Vaccine operations Central Provinces 1868-1885 - 1868-1885
Year: 1868
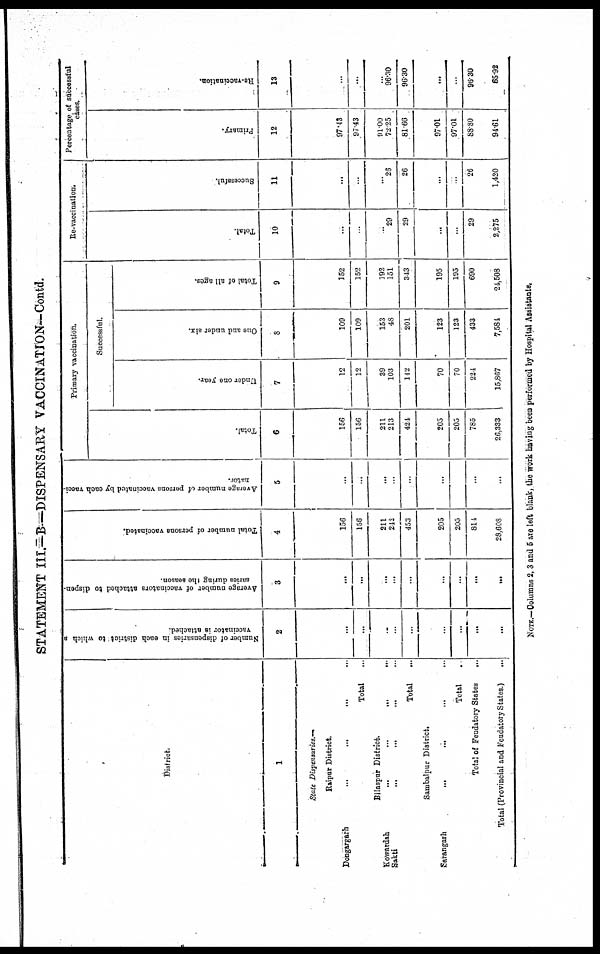
STATEMENT III.—B—DISPENSARY VACCINATION— Contd.
District.
1
State Dispensaries.—
Raipur District... ... ...
Dongargarh...
...
...
...
...
Total...
Bilaspur District.
Kowardah...
...
...
...
Sakti...
...
...
...
Total... ...
Sambalpur District... ... ...
Sarangarh...
...
...
Total...
Total of Feudatory States
...
Total (Provincial and Feudatory States.)
Number of dispensaries in each district to which a
vaccinator is attached.
2
...
...
...
...
...
...
...
...
...
Average number of vaccinators attached to dispen-
saries during the season.
3
...
...
...
...
...
...
...
...
...
Total number of persons vaccinated.
4
156
156
211
242
453
205
205
814
28,608
Average number of persons vaccinated by each vacci-
nator.
5
...
...
...
...
...
...
...
...
...
Primary vaccination.
Total.
6
156
156
211
213
424
205
205
785
26,333
Successful.
Under one year.
7
12
12
39
103
142
70
70
224
15,867
One and under six.
8
109
109
153
48
201
123
123
433
7,584
Total of all ages.
9
152
152
192
151
343
195
195
690
24,508
Re-vaccination.
Total.
10
...
...
...
29
29
...
...
29
2,275
Successful.
11
...
...
...
28
26
...
...
26
1,420
Percentage of successful
cases.
Primary.
12
97.43
97.43
91.00
72.25
81.66
97.01
97.01
88.80
94.61
Re-vaccination.
13
...
...
...
96.30
96.30
...
...
96.30
65.92
NOTE.—Columns 2,3 and 5 are left blank, the work having been performed by Hospital Assistants.